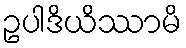
ဥပါဒိယိဿာမိ